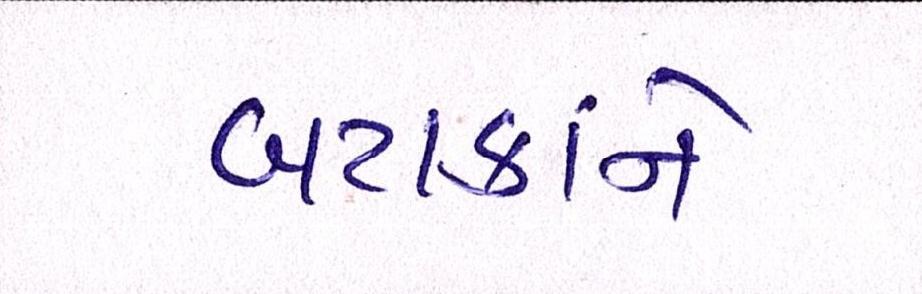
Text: બટાકાને